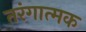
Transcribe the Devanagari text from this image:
तरंगात्मक